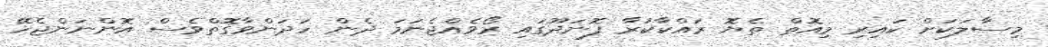
މިސާލަކަށް ކައިރި މިއޮތް ތެޔޮ ރައްކާކުރާ ފޮނަދޫގައި ރޯވެއްޖެނަމަ ދެން ހަދަންވާގޮތްވެސް އޮންނަންޖެހޭ